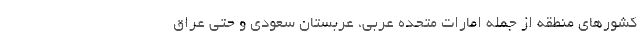
کشورهای منطقه از جمله امارات متحده عربی، عربستان سعودی و حتی عراق